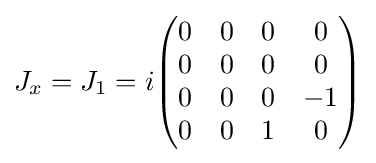
J_{x}=J_{1}=i{\begin{pmatrix}0&0&0&0\\0&0&0&0\\0&0&0&-1\\0&0&1&0\\\end{pmatrix}}